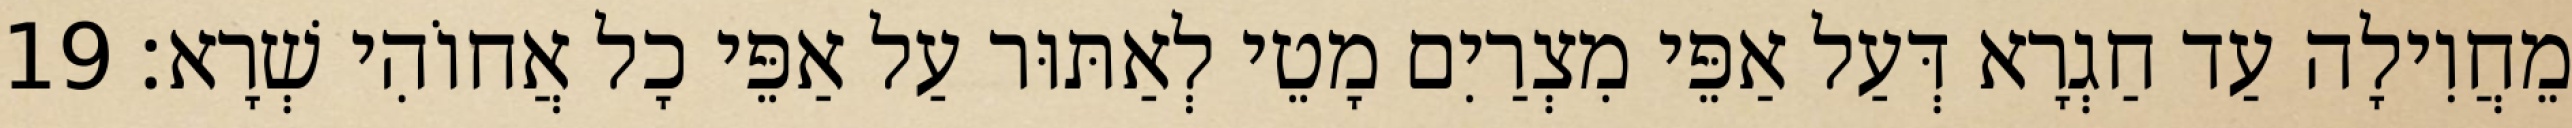
מֵחֲוִילָה עַד חַגְרָא דְּעַל אַפֵּי מִצְרַיִם מָטֵי לְאַתּוּר עַל אַפֵּי כָל אֲחוֹהִי שְׁרָא׃ 19